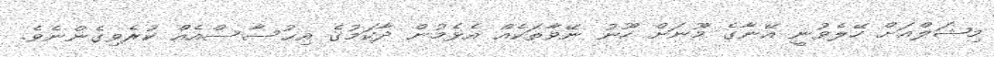
މިޝަލްއަށް ހޭލެވުނީ އޭނާގެ މޫނަށް ހޫނު ނޭވާތަކެއް އެޅެމުން ދާކަމުގެ އިޙުސާސްއެއް ކުރެވިގެންނެވެ.